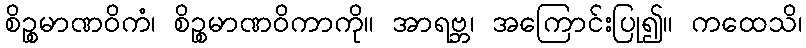
စိဉ္စမာဏဝိကံ၊ စိဉ္စမာဏဝိကာကို။ အာရဗ္ဘ၊ အကြောင်းပြု၍။ ကထေသိ၊